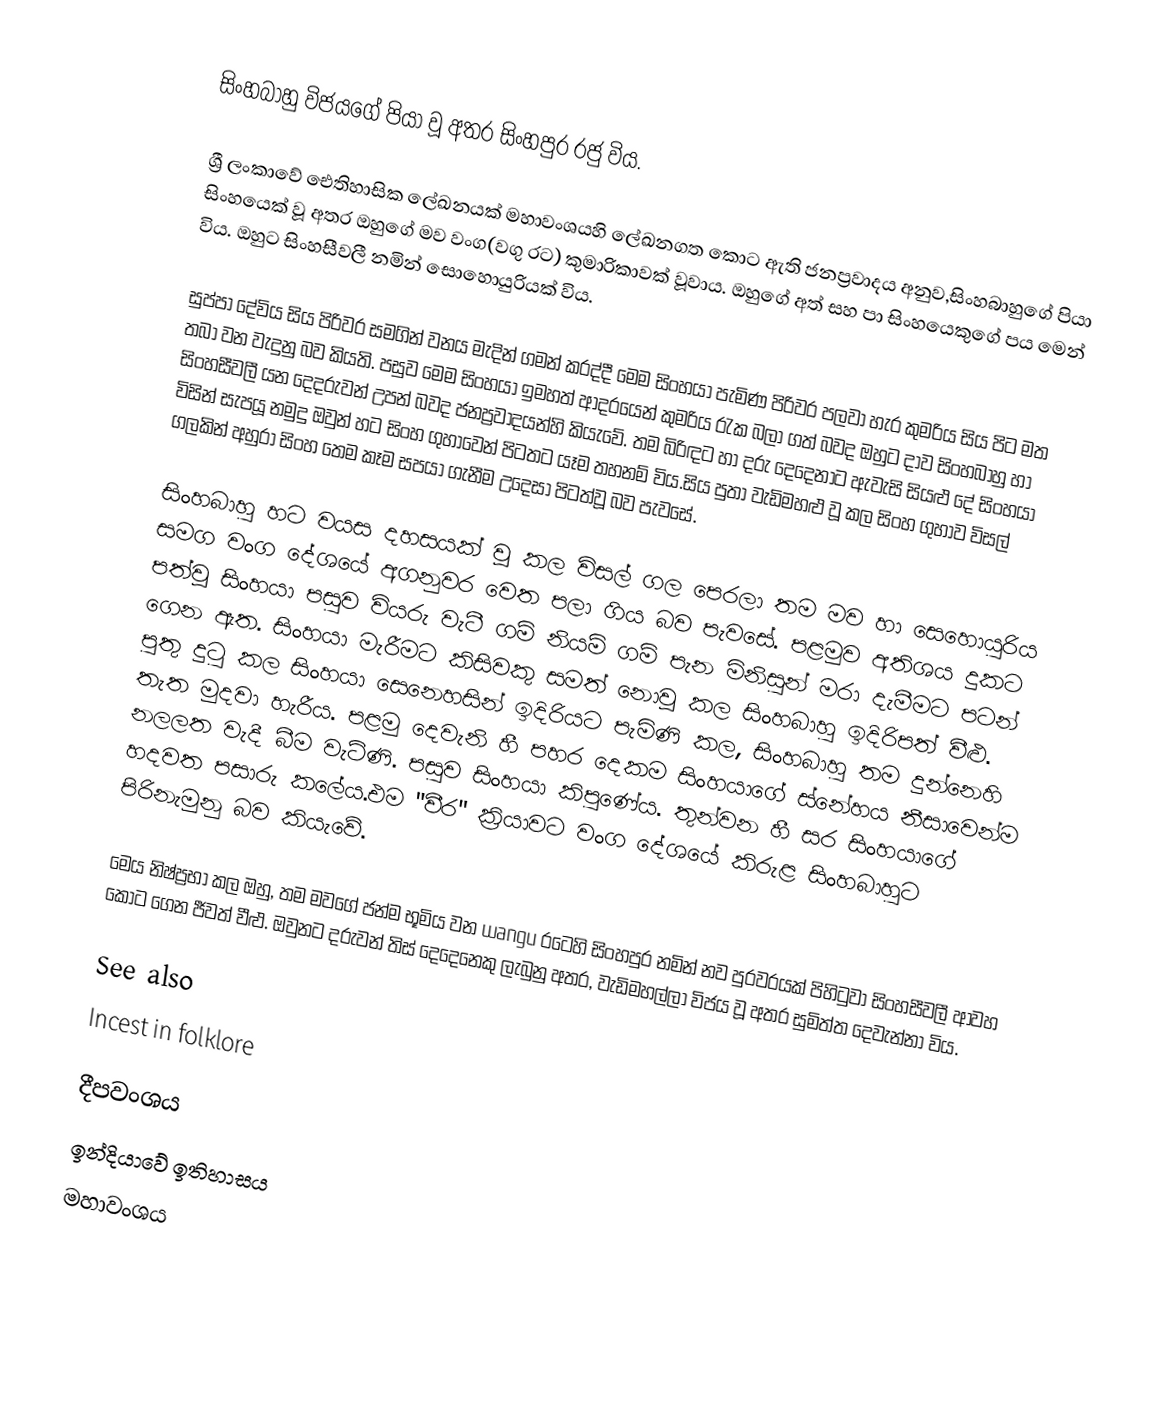
සිංහබාහු විජයගේ පියා වූ අතර සිංහපුර රජු විය.

ශ්‍රී ලංකාවේ ඓතිහාසික ලේඛනයක් මහාවංශයහි ලේඛනගත කොට ඇති ජනප්‍රවාදය අනුව,සිංහබාහුගේ පියා සිංහයෙක් වූ අතර ඔහුගේ මව වංග(වගු රට) කුමාරිකාවක් වූවාය. ඔහුගේ අත් සහ පා සිංහයෙකුගේ පය මෙන් විය. ඔහුට සිංහසීවලී නමින් සොහොයුරියක් විය.

සුප්පා දේවිය සිය පිරිවර සමගින් වනය මැදින් ගමන් කරද්දී මෙම සිංහයා පැමිණ පිරිවර පලවා හැර කුමරිය සිය පිට මත තබා වන වැදුනු බව කියති. පසුව මෙම සිංහයා ඉමහත් ආදරයෙන් කුමරිය රැක බලා ගත් බවද ඔහුට දාව සිංහබාහු හා සිංහසීවලී යන දෙදරුවන් උපන් බවද ජනප්‍රවාදයන්හි කියැවේ. තම බිරිඳට හා දරු දෙදෙනාට ඇවැසි සියළු දේ සිංහයා විසින් සැපයූ නමුදු ඔවුන් හට සිංහ ගුහාවෙන් පිටතට යෑම තහනම් විය.සිය පුතා වැඩිමහළු වූ කල සිංහ ගුහාව විසල් ගලකින් අහුරා සිංහ තෙම කෑම සපයා ගැනීම උදෙසා පිටත්වූ බව පැවසේ.

සිංහබාහු හට වයස දහසයක් වූ කල විසල් ගල පෙරලා තම මව හා සෙහොයුරිය සමග වංග දේශයේ අගනුවර වෙත පලා ගිය බව පැවසේ. පළමුව අතිශය දුකට පත්වූ සිංහයා පසුව වියරු වැටී ගම් නියම් ගම් පැන මිනිසුන් මරා දැමීමට පටන් ගෙන ඇත. සිංහයා මැරීමට කිසිවකු සමත් නොවූ කල සිංහබාහු ඉදිරිපත් වීළු. පුතු දුටු කල සිංහයා සෙනෙහසින් ඉදිරියට පැමිණි කල, සිංහබාහු තම දුන්නෙහි තැත මුදවා හැරීය. පළමු දෙවැනි හී පහර දෙකම සිංහයාගේ ස්නේහය නීසාවෙන්ම නලලත වැදී බීම වැටිණි. පසුව සිංහයා කිපුණේය. තුන්වන හී සර සිංහයාගේ හදවත පසාරු කලේය.එම "වීර" ක්‍රියාවට වංග දේශයේ කිරුළ සිංහබාහුට පිරිනැමුනු බව කියැවේ.

මෙය නිෂ්ප්‍රභා කල ඔහු, තම මවගේ ජන්ම භූමිය වන wangu රටෙහි සිංහපුර නමින් නව පුරවරයක් පිහිටුවා සිංහසීවලී ආවහ කොට ගෙන ජීවත් වීළු. ඔවුනට දරුවන් තිස් දෙදෙනෙකු ලැබුනු අතර, වැඩිමහල්ලා විජය වූ අතර සුමිත්ත දෙවැන්නා විය.

See also
Incest in folklore

දීපවංශය
ඉන්දියාවේ ඉතිහාසය
මහාවංශය